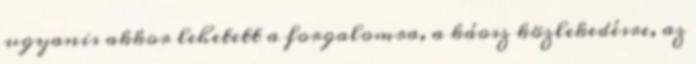
ugyanis akkor lehetett a forgalomra, a káosz közlekedésre, az